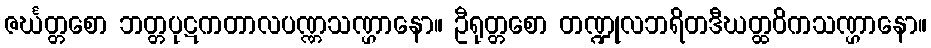
ဇင်္ဃတ္တစော ဘတ္တပုဋကတာလပဏ္ဏသဏ္ဌာနော။ ဦရုတ္တစော တဏ္ဍုလဘရိတဒီဃတ္ထဝိကသဏ္ဌာနော။